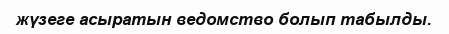
жүзеге асыратын ведомство болып табылды.